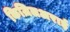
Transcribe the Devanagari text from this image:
किज़िलअराई